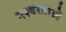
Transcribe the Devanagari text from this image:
नश्वरताओं